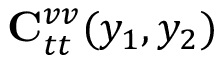
{ \bf C } _ { t t } ^ { v v } ( y _ { 1 } , y _ { 2 } )